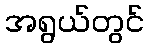
အရွယ်တွင်